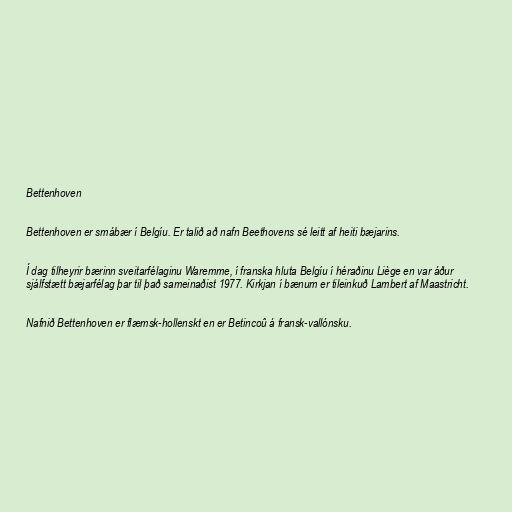
Bettenhoven

Bettenhoven er smábær í Belgíu. Er talið að nafn Beethovens sé leitt af heiti bæjarins.

Í dag tilheyrir bærinn sveitarfélaginu Waremme, í franska hluta Belgíu í héraðinu Liège en var áður
sjálfstætt bæjarfélag þar til það sameinaðist 1977. Kirkjan í bænum er tileinkuð Lambert af Maastricht.

Nafnið Bettenhoven er flæmsk-hollenskt en er Betincoû á fransk-vallónsku.